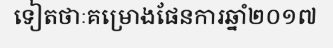
ទៀតថាៈគម្រោងផែនការឆ្នាំ២០១៧